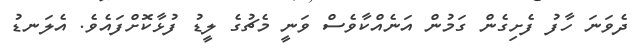
ދެވަނަ ހާފު ފެށިގެން ގަމުން އަނެއްކާވެސް ވަނީ މެޗުގެ ލީޑު ފުޅާކޮށްފައެވެ. އެލަނޑު